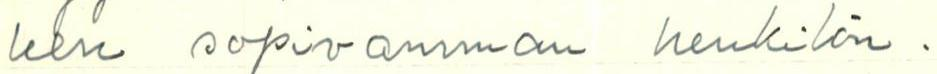
leen sopivamman henkilön.